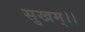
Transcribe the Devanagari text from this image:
सुखम्।।